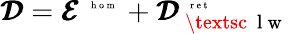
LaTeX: \pmb{{\cal D}}=\pmb{{\cal E}}^{\mathrm{~\tiny~{~h~o~m~}~}}+{\pmb{{\cal D}}}_{\mathrm{~\textsc~{~l~w~}~}}^{\mathrm{~\tiny~{~r~e~t~}~}}